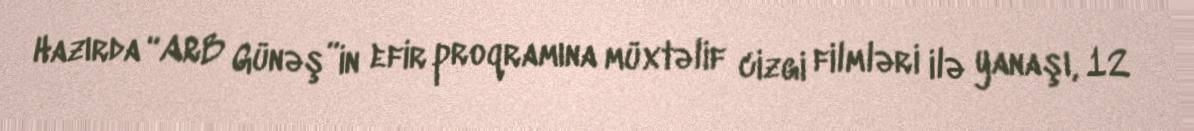
Hazırda “ARB Günəş”in efir proqramına müxtəlif cizgi filmləri ilə yanaşı, 12